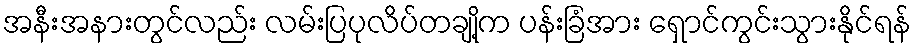
အနီးအနားတွင်လည်း လမ်းပြပုလိပ်တချို့က ပန်းခြံအား ရှောင်ကွင်းသွားနိုင်ရန်